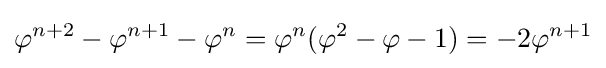
\varphi ^{n+2}-\varphi ^{n+1}-\varphi ^{n}=\varphi ^{n}(\varphi ^{2}-\varphi -1)=-2\varphi ^{n+1}